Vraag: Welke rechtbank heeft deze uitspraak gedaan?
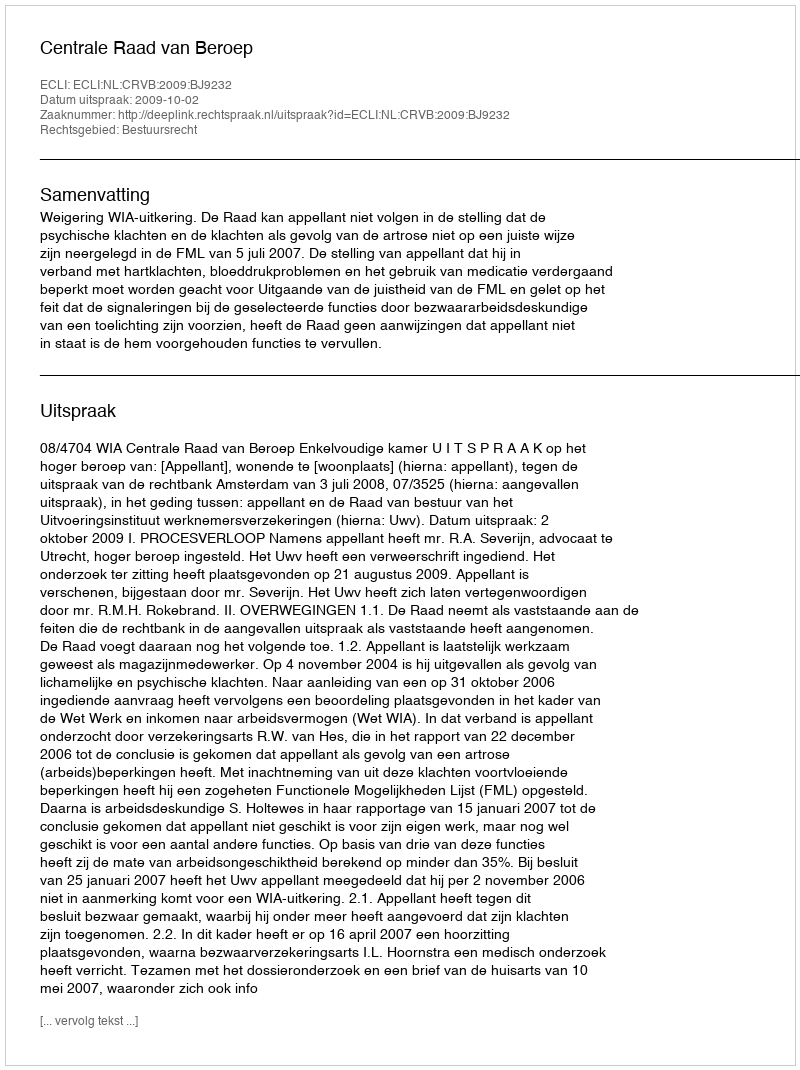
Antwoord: Centrale Raad van Beroep